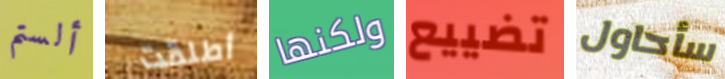
ألستم أطلقت ولكنها تضييع سأحاول